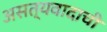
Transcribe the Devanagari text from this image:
असत्यवादाची